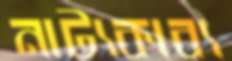
নাট্যকাব্য